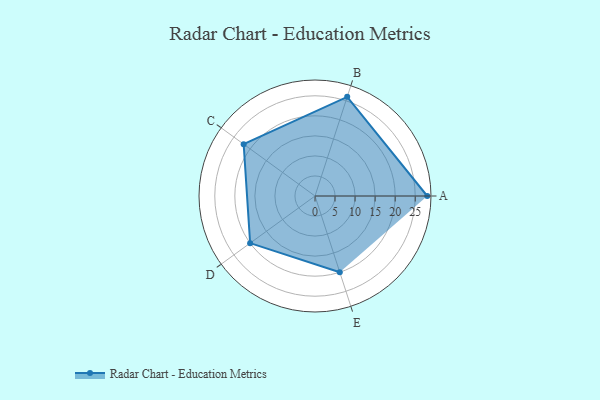
{"axis": {"x": "Skill", "y": "Score"}, "legend": ["Profile"], "data": [{"x": "A", "y": 28.0, "type": "Profile"}, {"x": "B", "y": 26.0, "type": "Profile"}, {"x": "C", "y": 22.0, "type": "Profile"}, {"x": "D", "y": 20, "type": "Profile"}, {"x": "E", "y": 20, "type": "Profile"}]}